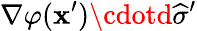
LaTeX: \nabla\varphi(\mathbf{x}^{\prime})\cdotd{\widehat{{\sigma}}}^{\prime}